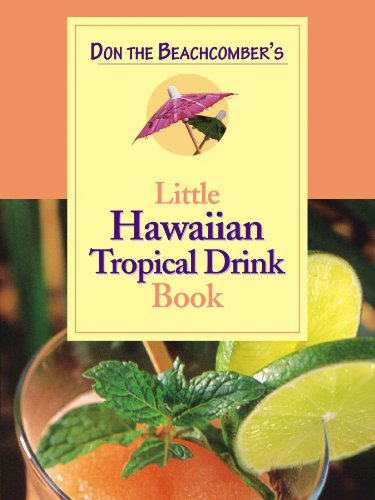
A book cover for Don the Beachcomber's Little Hawaiian Tropical Drink Cookbook; Phoebe Beach; Cookbooks, Food & Wine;